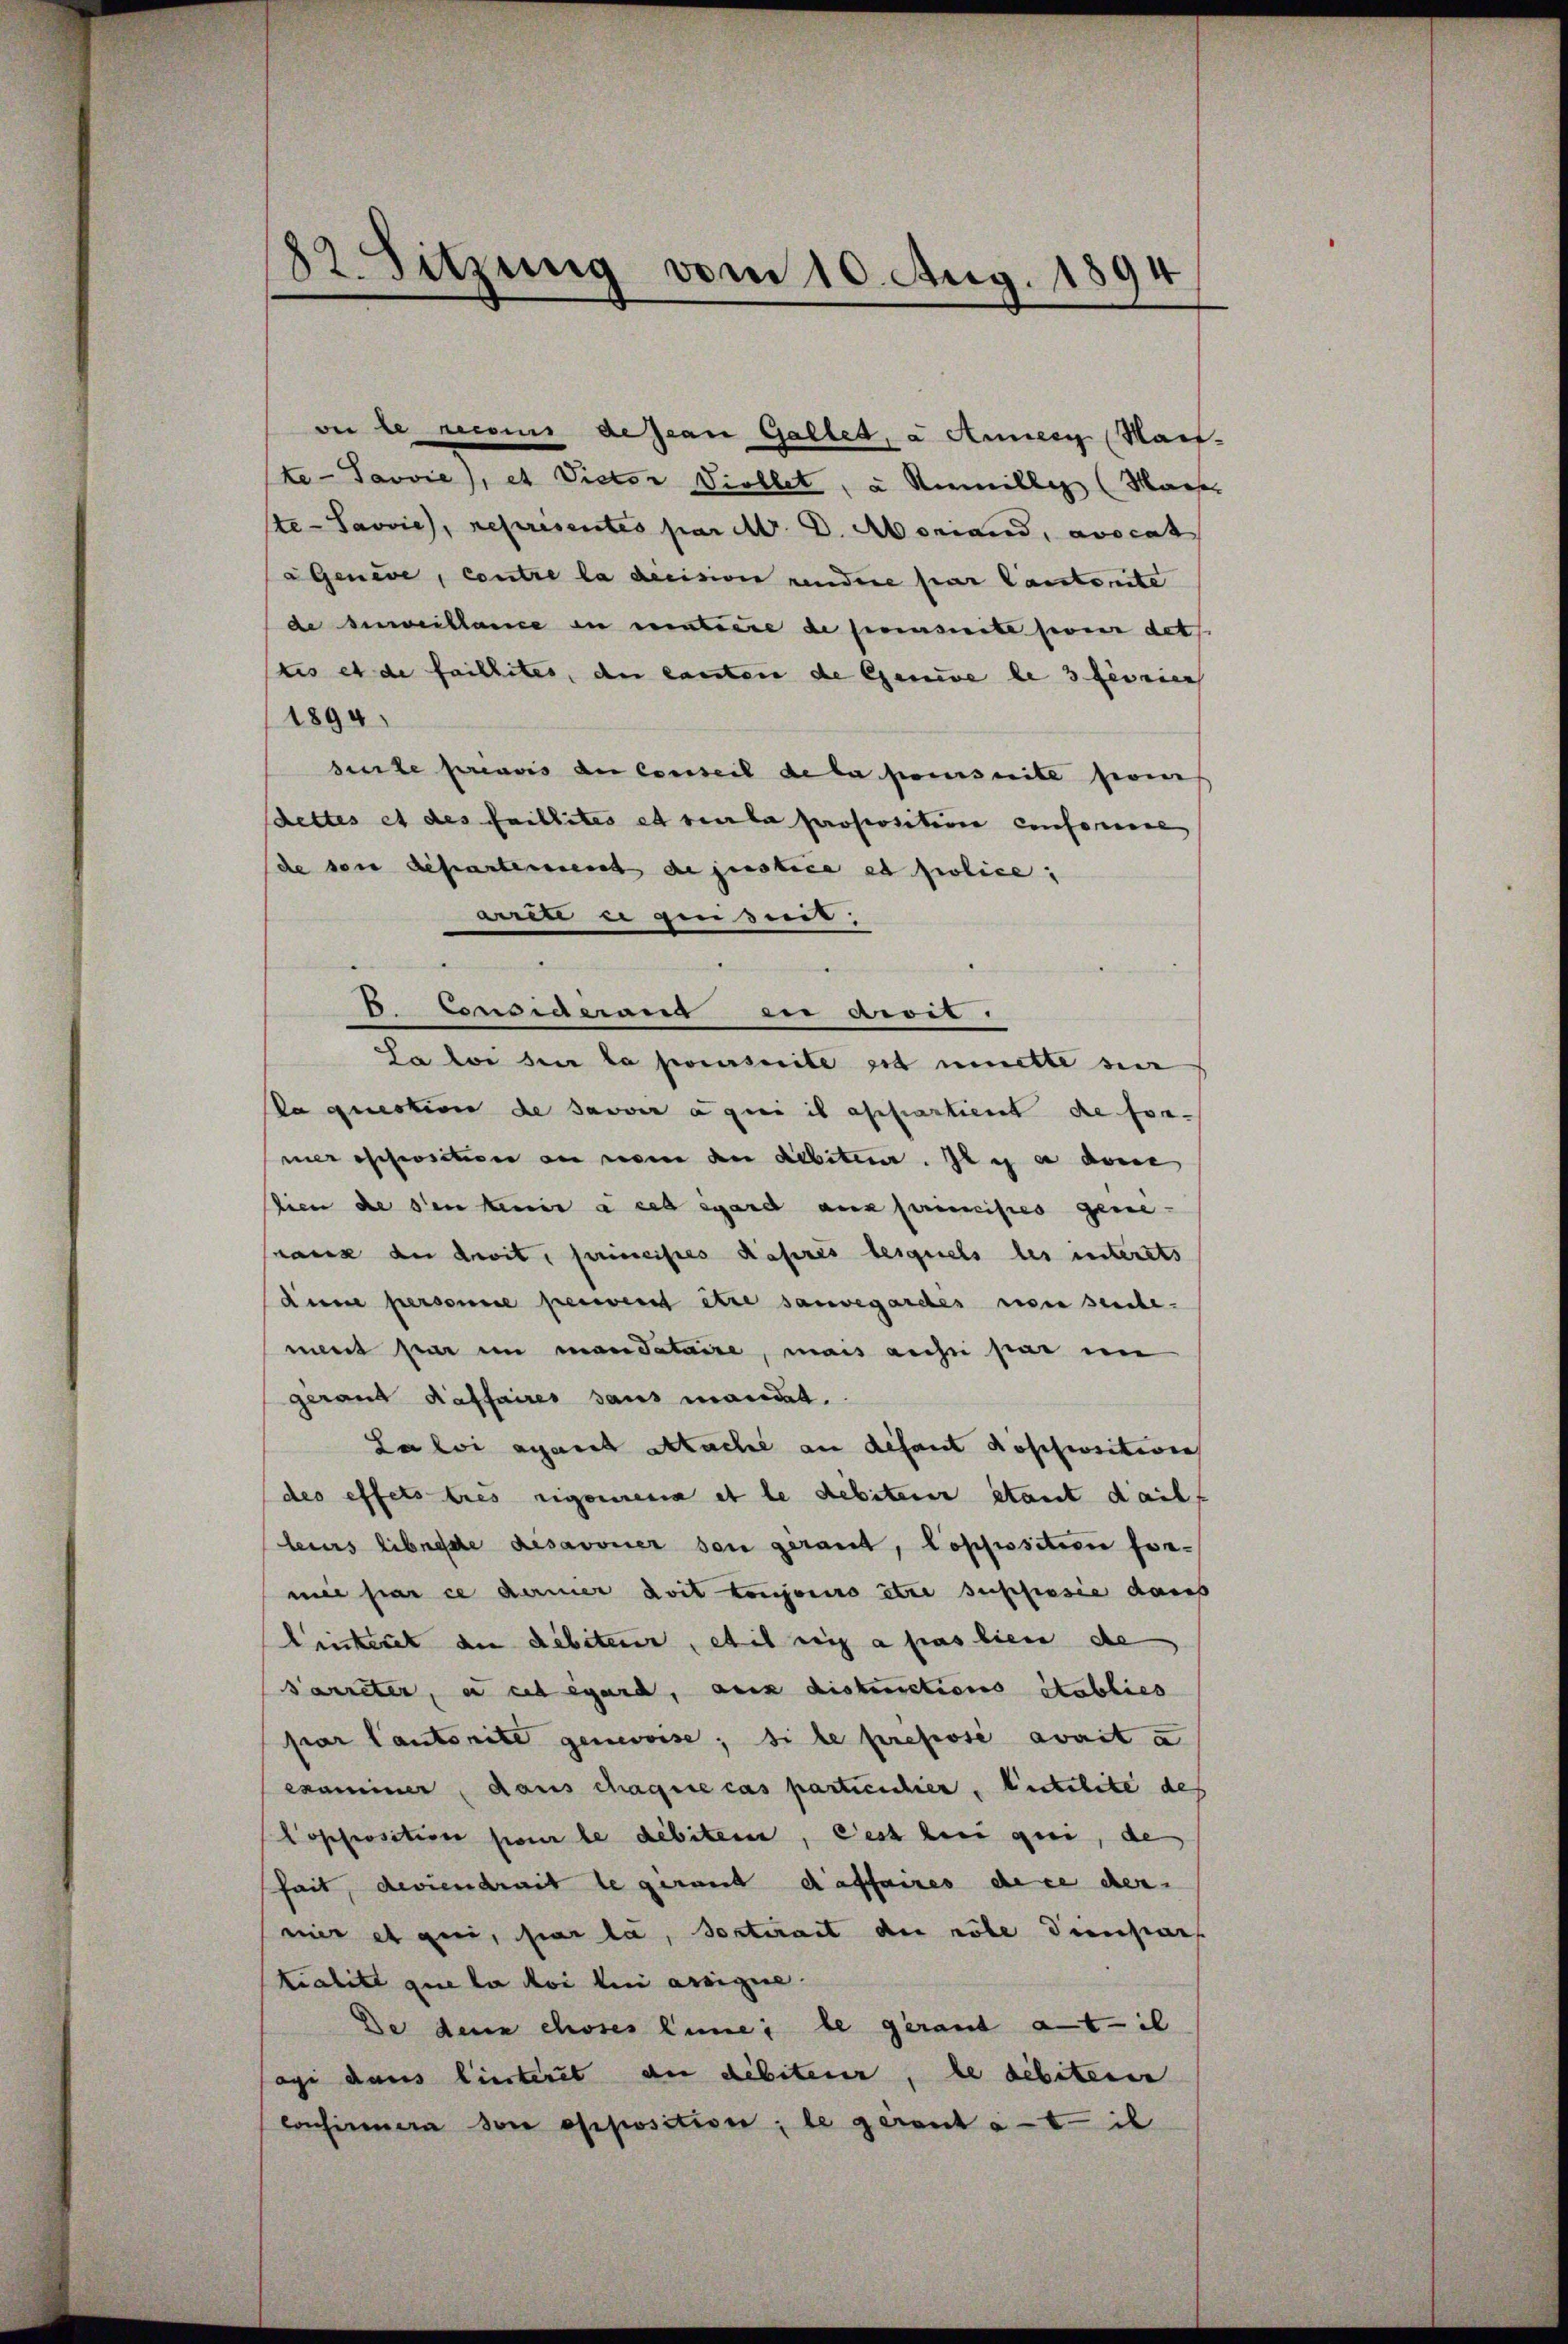
82. Sitzung vom 10. Aug. 1894

oer le recours dejean Galles, a Annen Haus-
te-Savvie), et Piector Diellet, u. Anmille (Marser
Ste-Savvie, repräsentes par M. D. Moriand, avocat
aGeneve, contre la dicisive rendere par Cantonite
de Einweillance in menteure de prescrite son det
tis et de faillites, den lassten de Genie le 3 feurien
1890.
sierte preuves der Conseil de la poursuite seines
stettes et des faillites et seula propositione conformel
de der Departement de justice et police,
ares eigenden.
La loi den la prescrite sit mitte sei
ka question de savoir ange ich assartient de sonmer schwiction an vom an debiteur. Il a dene
lien die son tenir à cessard aus primistes gene
snang an droit, hineistes Kaseres lesquels les interets
dnn personne perient être sauvegardes riser seiche
ment par in mandataire, mais auch par im
gerant Kaffaires sans mandat.
La loi ayant attache an defaut Roschositiven
des effets tres rigorena et le debiterer stant dail
leurs librache Resavonier den geraut, Lopposition formie par ce dernier doit toujours être supposie darb
lickeret die debiteur, et il sich a pas lien de
Sarreter, a cet égard, aux districtions établies
par lautorite genevoise; si le pressé avait u
examiner, dans chaque cas partieschier, Eitelite des
Popposition sei le débiter, Pest beri qui, de
sait, deviendrit le gerant daffaires de ce der
mier et qui, par la sostirant die role diensar
tialitt que la loi lui assigne.
De dene choses line; le gerant at - il
agi dans liesterit an debiteur, le debiteren
consinnern den opposition; le gerant à tit

B. Considérant en droit.